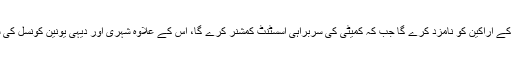
متعلقہ ضلع کا ڈپٹی کمشنر ہوم آئسولیشن کمیٹی کے اراکین کو نامزد کرے گا جب کہ کمیٹی کی سربراہی اسسٹنٹ کمشنر کرے گا، اس کے علاوہ شہری اور دیہی یونین کونسل کی سطح پر سب کمیٹیاں بھی تشکیل دی جائیں گی۔